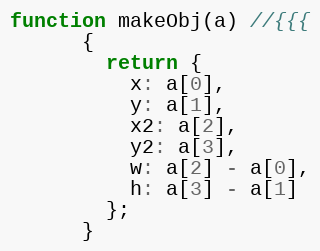
Language: JavaScript
function makeObj(a) //{{{
      {
        return {
          x: a[0],
          y: a[1],
          x2: a[2],
          y2: a[3],
          w: a[2] - a[0],
          h: a[3] - a[1]
        };
      }